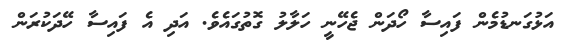
އަޅުގަނޑުމެން ފައިސާ ހޯދަން ޖެހޭނީ ހަލާލު ގޮތުގައެވެ. އަދި އެ ފައިސާ ހޭދަކުރަން